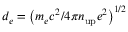
d _ { e } = \left( m _ { e } c ^ { 2 } / 4 \pi n _ { \mathrm { u p } } e ^ { 2 } \right) ^ { 1 / 2 }